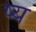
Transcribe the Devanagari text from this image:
ष्य